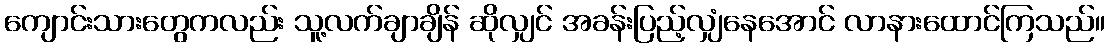
ကျောင်းသားတွေကလည်း သူ့လက်ချာချိန် ဆိုလျှင် အခန်းပြည့်လျှံနေအောင် လာနားထောင်ကြသည်။